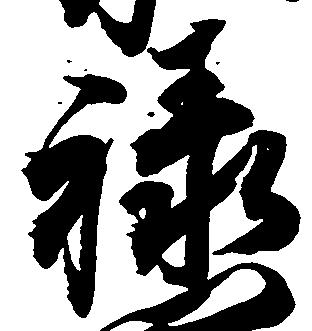
禄